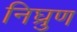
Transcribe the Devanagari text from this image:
निघ्रुण